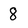
Character: 8